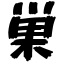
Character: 巣